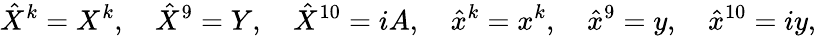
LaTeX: \hat{X}^{k}=X^{k},\quad\hat{X}^{9}=Y,\quad\hat{X}^{10}=iA,\quad\hat{x}^{k}=x^{k},\quad\hat{x}^{9}=y,\quad\hat{x}^{10}=iy,